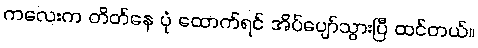
ကလေးက တိတ်နေ ပုံ ထောက်ရင် အိပ်ပျော်သွားပြီ ထင်တယ်။